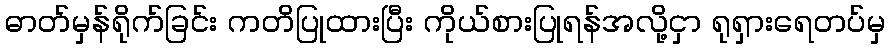
ဓာတ်မှန်ရိုက်ခြင်း ကတိပြုထားပြီး ကိုယ်စားပြုရန်အလို့ငှာ ရုရှားရေတပ်မှ